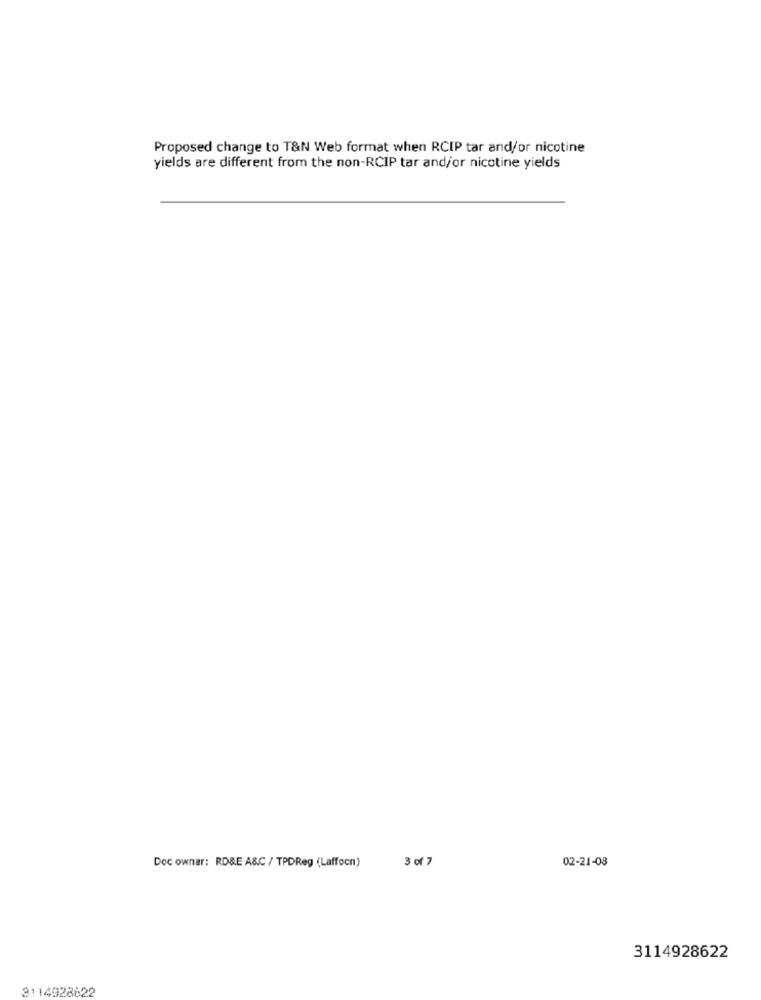
Proposed change to T&N Web format when RCIP tar and/or nicotine
yields are different from the non-RCIP tar and/or nicotine yields
3 of 7
02-21-08
Doc owner: RD&E A&C / TPDReg (Laffocn)
3114928622
3114928622